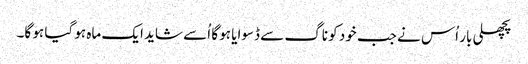
پچھلی بار اُس نے جب خود کو ناگ سے ڈسوایا ہو گا اُسے شاید ایک ماہ ہو گیا ہو گا۔